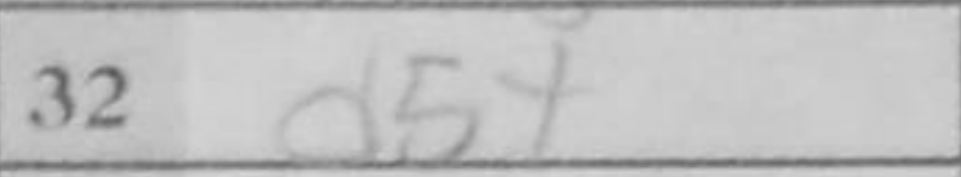
Transcription: d5+